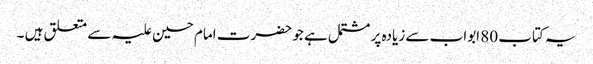
یہ کتاب 80 ابواب سے زیادہ پر مشتمل ہے جو حضرت امام حسین علیہ سے متعلق ہیں ۔